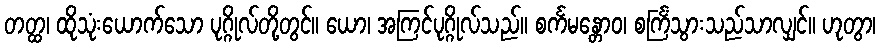
တတ္ထ၊ ထိုသုံးယောက်သော ပုဂ္ဂိုလ်တို့တွင်။ ယော၊ အကြင်ပုဂ္ဂိုလ်သည်။ စင်္ကမန္တောဝ၊ စင်္ကြံသွားသည်သာလျှင်။ ဟုတွာ၊